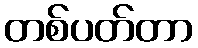
တစ်ပတ်တာ